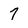
Character: 7